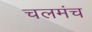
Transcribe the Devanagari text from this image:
चलमंच